Indian journal of veterinary science and animal husbandry - Volume 1,
Year: 1931
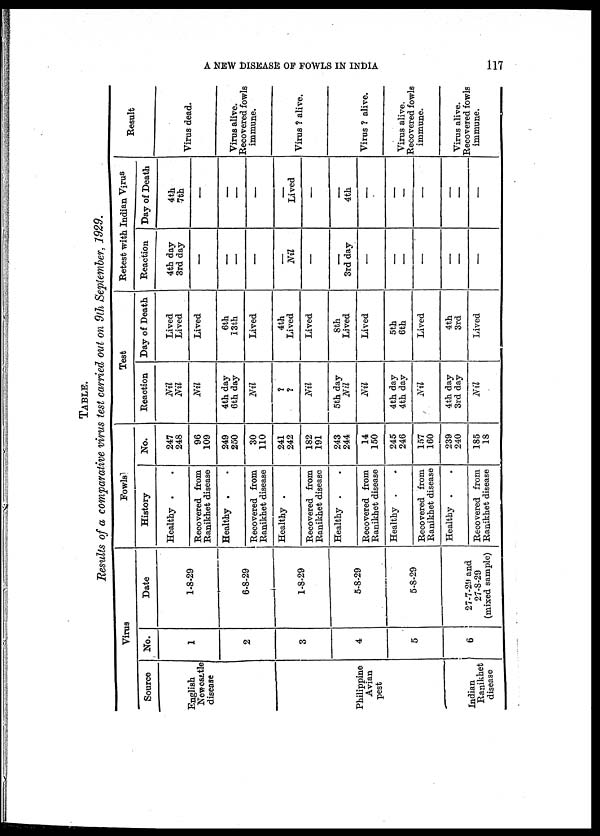
A NEW DISEASE OF FOWLS IN INDIA
117
TABLE.
Results of a comparative virus test carried out on 9th September, 1929.
Source
English
Newcastle
disease
Philippine
Avian
pest
Indian
Ranikhet
disease
Virus
No.
1
2
3
4
5
6
Date
1-8-29
6-8-29
1-8-29
5-8-29
5-8-29
27-7-29 and
27-8-29
(mixed sample)
Fowls
History
Healthy .
Recovered from
Ranikhet disease
Healthy .
Recovered from
Ranikhet disease
Healthy .
Recovered from
Ranikhet disease
Healthy .
Recovered from
Ranikhet disease
Healthy .
Recovered from
Ranikhet disease
Healthy .
Recovered from
Ranikhet disease
No.
247
248
96
109
249
250
30
110
241
242
182
191
243
244
14
150
245
246
157
160
239
240
185
18
Test
Reaction
Nil
Nil
Nil
4th day
6th day
Nil
?
?
Nil
5th day
Nil
Nil
4th day
4th day
Nil
4th day
3rd day
Nil
Day of Death
Lived
Lived
Lived
6th
13th
Lived
4th
Lived
Lived
8th
Lived
Lived
5th
6th
Lived
4th
3rd
Lived
Retest with Indian Virus
Reaction
4th day
3rd day
—
—
—
Nil
—
3rd day
—
—
—
—
—
Day of Death
4th
7th
—
—
—
Lived
__
4th
—
—
—
—
Result
Virus dead.
Virus alive.
Recovered fowls
immune.
Virus ? alive.
Virus ? alive.
Virus alive.
Recovered fowls
immune.
Virus alive.
Recovered fowls
immune.